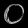
Digit: ၀